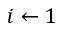
i \gets 1